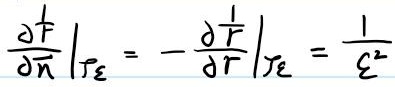
$\left.\frac{\partial f}{\partial \bar{n}}\right|_{\Gamma_{\varepsilon}}=-\left.\frac{\partial \frac{1}{r}}{\partial r}\right|_{\mathcal{I}_{\varepsilon}}=\frac{1}{\varepsilon^{2}}$